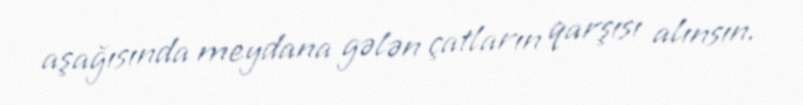
aşağısında meydana gələn çatların qarşısı alınsın.